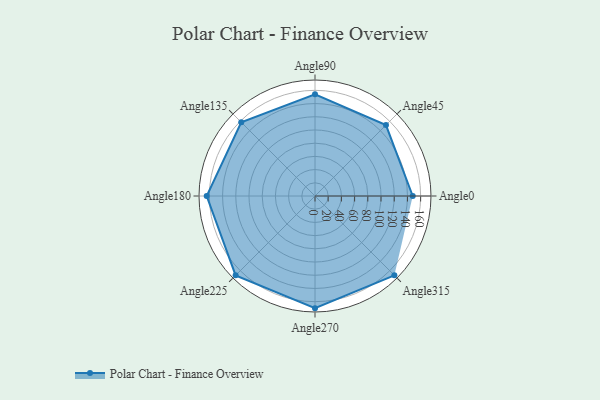
{"axis": {"x": "Angle", "y": "Radius"}, "legend": [""], "data": [{"x": "Angle0", "y": 148.0, "type": ""}, {"x": "Angle45", "y": 152.0, "type": ""}, {"x": "Angle90", "y": 154.0, "type": ""}, {"x": "Angle135", "y": 158.0, "type": ""}, {"x": "Angle180", "y": 164.0, "type": ""}, {"x": "Angle225", "y": 170, "type": ""}, {"x": "Angle270", "y": 170, "type": ""}, {"x": "Angle315", "y": 170, "type": ""}]}